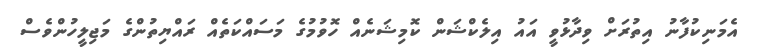
އެމަނިކުފާނު އިތުރަށް ވިދާޅުވީ އައު އިލެކްޝަން ކޮމިޝަނެއް ހޮވުމުގެ މަސައްކަތެއް ރައްޔިތުންގެ މަޖިލީހުންވެސް